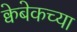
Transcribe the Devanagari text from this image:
क्वेबेकच्या